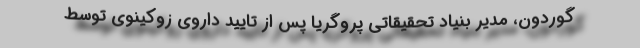
گوردون، مدیر بنیاد تحقیقاتی پروگریا پس از تایید داروی زوکینوی توسط